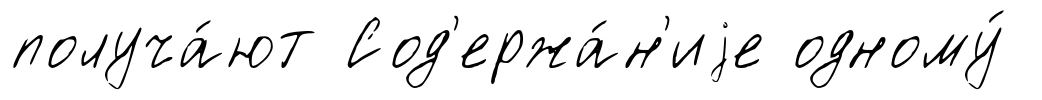
получа́ют Сод'ержа́н'иjе одному́